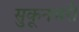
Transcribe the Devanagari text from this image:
सुकूनभरी